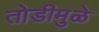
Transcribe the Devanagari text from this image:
तोडीमुळे